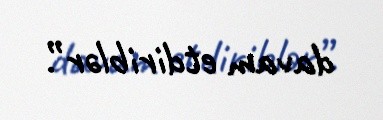
davam etdiriblər”.